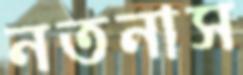
নতনাস